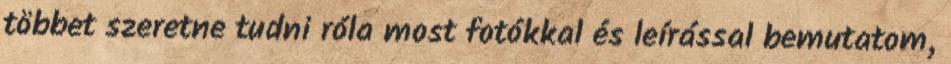
többet szeretne tudni róla most fotókkal és leírással bemutatom,